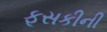
ફૂસકીની